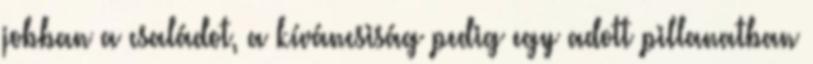
jobban a családot, a kíváncsiság pedig egy adott pillanatban